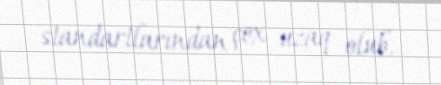
standartlarından çox uzaq olub.